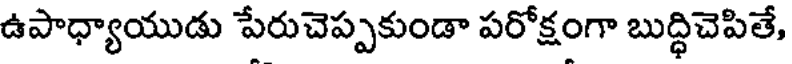
ఉపాధ్యాయుడు పేరుచెప్పకుండా పరోక్షంగా బుద్ధిచెపితే,